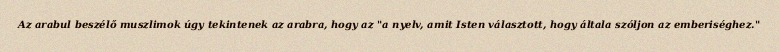
Az arabul beszélő muszlimok úgy tekintenek az arabra, hogy az "a nyelv, amit Isten választott, hogy általa szóljon az emberiséghez."